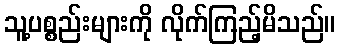
သူ့ပစ္စည်းများကို လိုက်ကြည့်မိသည်။